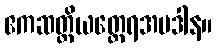
ဧကဆတ္တိယတ္ထေရအပဒါန။